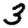
Digit: 3